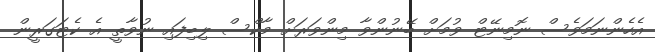
އެހެންނަމަވެސް ނޮމިނޭޓް ވުމަށް ބޭނުންވާ މިންވަރަށް މާކްސް ލިބިފައި ނުވާތީ އެ ކެޓަގަރީން